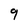
Character: 9